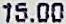
15.00